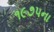
૧૯૭૫ના